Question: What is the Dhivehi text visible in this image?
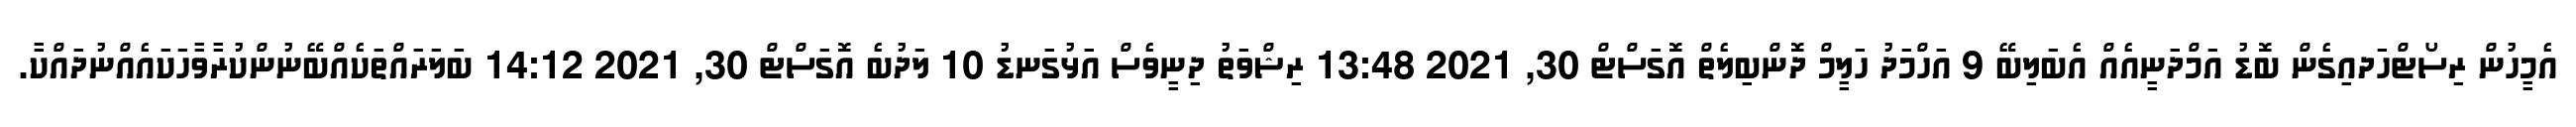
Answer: އެމީހުން ރިސޯޓްހަދއިގެން ބޮޑު އަމްދަނީއެއް އެބަލިބޭ 9 އަހްމަދު ހަލީމް ދޮންބިލެތް އޮގަސްޓް 30, 2021 13:48 ރިޝްވަތު ދިނީވެސް އަޅުގަނޑު 10 ލަދުބެ އޮގަސްޓް 30, 2021 14:12 ބަލަރައްތަކެއްބޭނުންކުރާވާހަކައެއްނުދައްކާ.